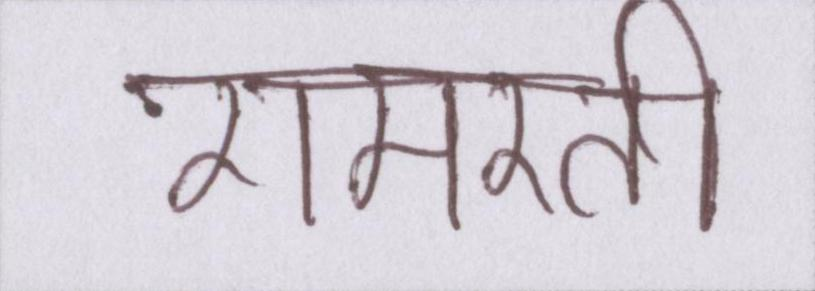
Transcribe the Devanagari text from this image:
रामरती